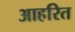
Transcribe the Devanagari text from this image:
आहरित